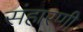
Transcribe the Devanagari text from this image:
संहारणी